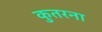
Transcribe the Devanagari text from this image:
कुतरना